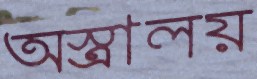
অস্ত্রালয়